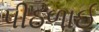
પીઠળાઈ